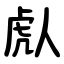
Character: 䖋